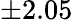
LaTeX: \pm 2.05